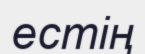
естің